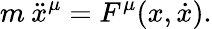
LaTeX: m\: \ddot{x}^{\mu}=F^{\mu}(x,\dot{x}).